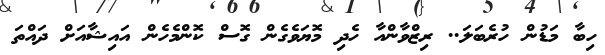
ހިބާ މަޑުން ހުރެބަލަ.. ރިޒްވާންއާ ހެދި މޮޔަވެގެން ގޮސް ކޮންމެހެން އައިޝާއަށް ދައްތަ